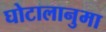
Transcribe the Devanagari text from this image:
घोटालानुमा